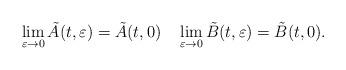
LaTeX: \begin{align*}\lim_{\varepsilon\to0}\tilde{A}(t,\varepsilon)=\tilde{A}(t,0)\quad\lim_{\varepsilon\to0}\tilde{B}(t,\varepsilon)=\tilde{B}(t,0).\end{align*}